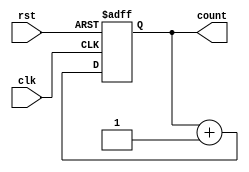
module async_reset_sync_counter (
    input wire clk,            // Clock input
    input wire rst,            // Asynchronous reset input (active-high)
    output reg [2:0] count     // 3-bit counter output
);

// Always block for counter logic
always @(posedge clk or posedge rst) begin
    if (rst) begin
        count <= 3'b000;       // Reset the counter to 0
    end else begin
        count <= count + 1;    // Increment the counter
    end
end

endmodule